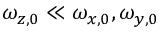
\omega _ { z , 0 } \ll \omega _ { x , 0 } , \omega _ { y , 0 }